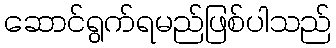
ဆောင်ရွက်ရမည်ဖြစ်ပါသည်